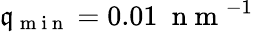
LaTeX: \mathfrak{q}_{\mathrm{{~m~i~n~}}}=0.01\ \mathrm{{~n~m~}}^{-1}